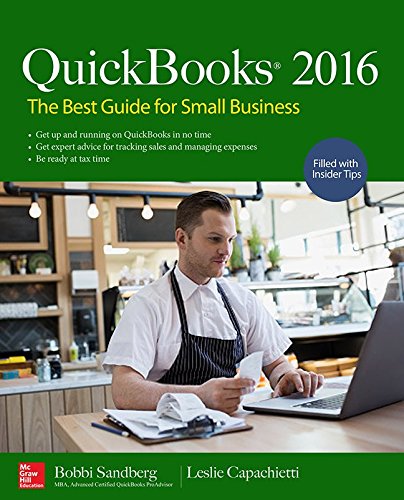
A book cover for QuickBooks 2016: The Best Guide for Small Business; Bobbi Sandberg; Computers & Technology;